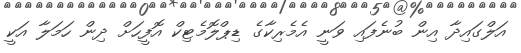
އަލްގައިދާ އިން ބުނެފައި ވަނީ އެމެރިކާގެ ޑިޕްލޮމެޓިކް އޮފީހަށް ދިން ހަމަލާ އަކީ